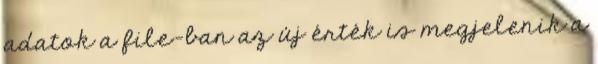
adatok a file-ban az új érték is megjelenik a